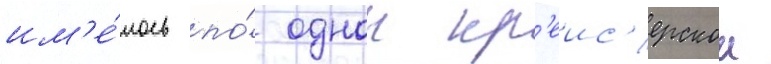
им'е́лось по́ однои кр'еис'ерскои